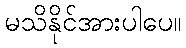
မသိနိုင်အားပါပေ။